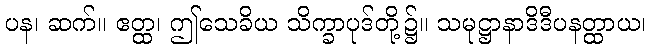
ပန၊ ဆက်။ ဧတ္ထ၊ ဤသေခိယ သိက္ခာပုဒ်တို့၌။ သမုဋ္ဌာနာဒိဒီပနတ္ထာယ၊